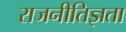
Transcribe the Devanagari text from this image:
राजनीतिज्ञता